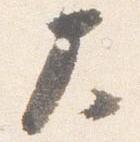
大